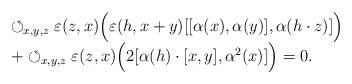
LaTeX: \begin{align*}\begin{array}{l} \circlearrowleft_{x,y,z}\varepsilon(z,x)\Big(\varepsilon(h,x+y)[[\alpha(x),\alpha(y)],\alpha(h\cdot z)]\Big) \\ +\circlearrowleft_{x,y,z}\varepsilon(z,x)\Big(2[\alpha(h)\cdot[x,y],\alpha^2(x)]\Big)=0.\end{array}\end{align*}